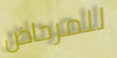
للمرحاض